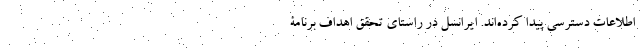
اطلاعات دسترسی پیدا کرده‌اند. ایرانسل در راستای تحقق اهداف برنامۀ